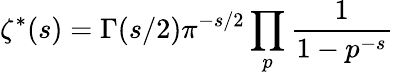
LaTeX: \zeta^{*}(s)=\Gamma(s/2)\pi^{-s/2}\prod_{p}{\frac{1}{1-p^{-s}}}